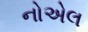
નોએલ